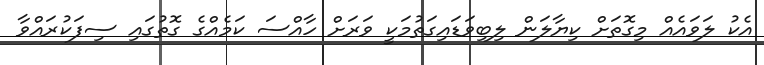
އެކު ލަވައެއް މިގޮތަށް ކިޔާލަން ލިބިވަޑައިގަތުމަކީ ވަރަށް ހާއްސަ ކަމެއްގެ ގޮތުގައި ސިފަކުރައްވާ